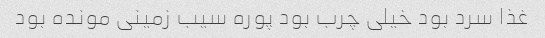
غذا سرد بود خیلی چرب بود پوره سیب زمینی مونده بود